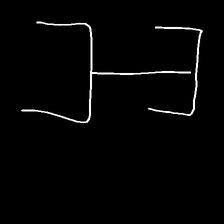
Glyph: entwine